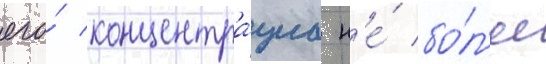
его́ концентра́циа н'е́ бо́л'ее